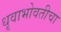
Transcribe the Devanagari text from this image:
धृवाभोवतीचा